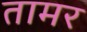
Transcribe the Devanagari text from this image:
तामर